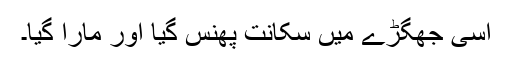
اسی جھگڑے میں سکانت پھنس گیا اور مارا گیا۔